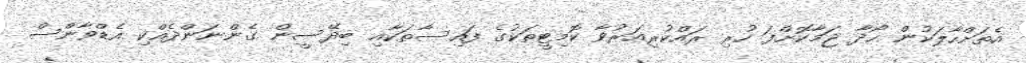
އެތަށްހާލަކުން ހޯދާ ޖަމާކޮށްފަ ހުރި ރައްކުރިއަރުވާ ކޮމިޓީތަކުގެ ފައިސާތަކާއި ބިދޭސީން ގެންނަންދެއްކި އެޑްވާންސް